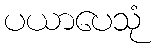
ပယာပေသုံ